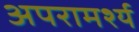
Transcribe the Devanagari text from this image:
अपरामर्श्य